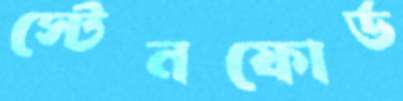
স্টেনফোর্ড